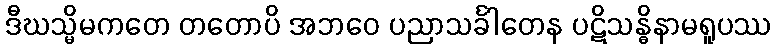
ဒီဃသ္မိမကတေ တတောပိ အဘဝေ ပညာသင်္ခါတေန ပဋိသန္ဓိနာမရူပဿ